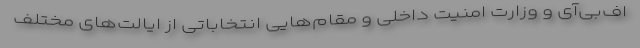
اف‌بی‌آی و وزارت امنیت داخلی و مقام‌هایی انتخاباتی از ایالت‌های مختلف